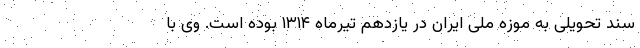
سند تحویلی به موزه ملی ایران در یازدهم تیرماه ۱۳۱۴ بوده است. وی با